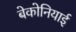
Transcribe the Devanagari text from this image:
बेकोनियाई